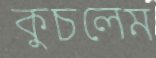
কুচলেম